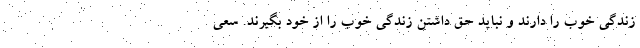
زندگی خوب را دارند و نباید حق داشتن زندگی خوب را از خود بگیرند. سعی